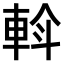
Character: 𨋼